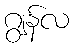
ဂျွန်လ